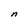
Character: n